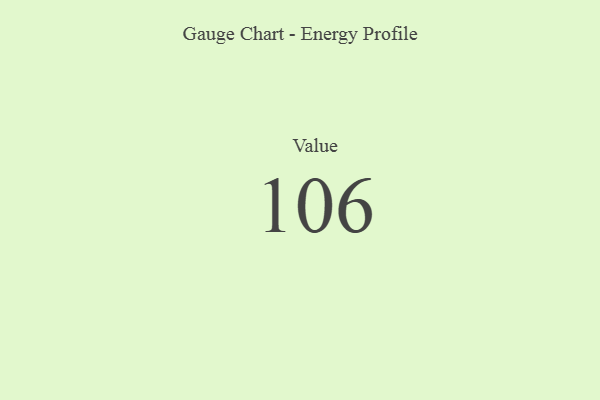
{"axis": {"x": "Metric", "y": "Value"}, "legend": [""], "data": [{"x": "Value", "y": 106, "type": ""}]}